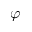
\varphi